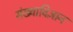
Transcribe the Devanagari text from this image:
संख्याविज्ञान